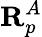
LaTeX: \mathbf{R}_{p}^{A}